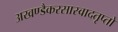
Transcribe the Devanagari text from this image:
अखण्डैकरसास्वादतृप्तो